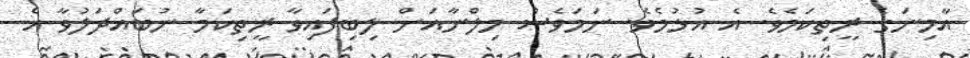
އާމިނަގެ ރީތިކަމެވެ. އެ އުޅުމެވެ. ނަމަވެސް މިލްނާއަށް ލިބިފައިވާ ރީތިކަމާ ނުބައްދަލުވާ އެ